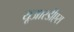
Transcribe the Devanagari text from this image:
यूआरडीएस